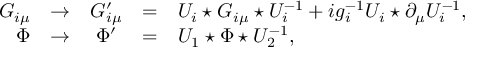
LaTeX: \begin{array} { r c c c l } { { G _ { i \mu } } } & { { \to } } & { { G _ { i \mu } ^ { \prime } } } & { { = } } & { { U _ { i } \star G _ { i \mu } \star U _ { i } ^ { - 1 } + i g _ { i } ^ { - 1 } U _ { i } \star \partial _ { \mu } U _ { i } ^ { - 1 } , } } \\ { { \Phi } } & { { \to } } & { { \Phi ^ { \prime } } } & { { = } } & { { U _ { 1 } \star \Phi \star U _ { 2 } ^ { - 1 } , } } \end{array}